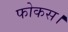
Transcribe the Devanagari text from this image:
फोकस।